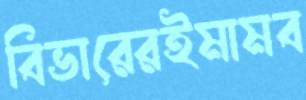
বিভারেরইমামব